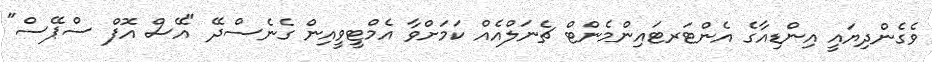
ވެގެންދިޔައީ އިންޑިއާގެ އެންޓަރޓައިންމެންޓް ޗެނަލްއެއް ކަމަށްވާ އެމްޓީވީއިން ގެނެސްދޭ "އޭސް އޮފް ސްޕޭސް"